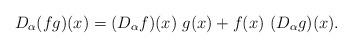
LaTeX: \begin{align*}D_\alpha(fg)(x)=(D_\alpha f)(x)\ g(x)+f(x)\ (D_\alpha g)(x).\end{align*}